King Institute of Preventive Medicine Micro-Biological Section reports 1909-11
Year: 1909
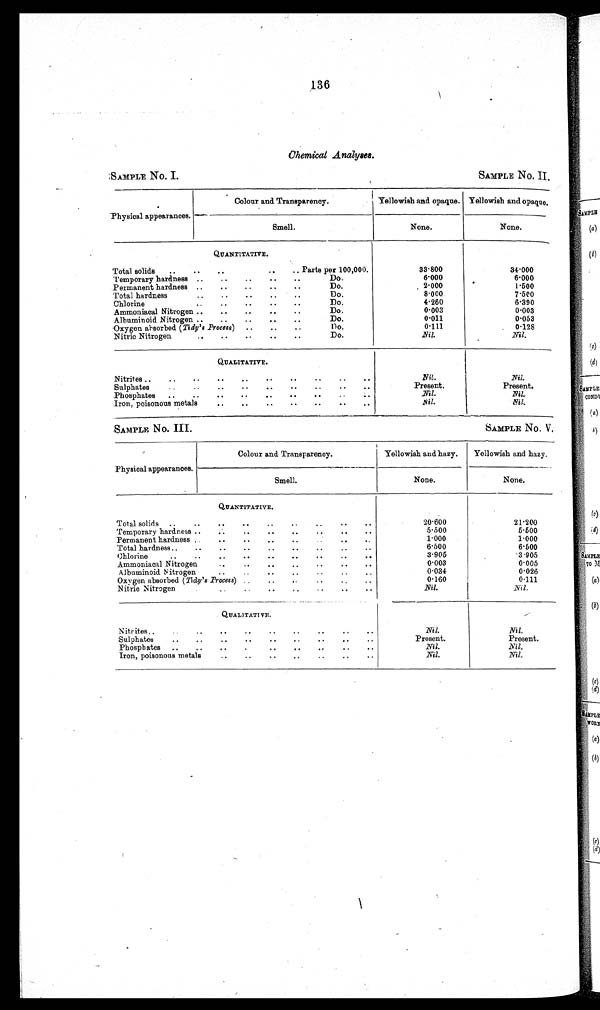
136
Chemical Analyses.
SAMPLE No. I.
SAMPLE NO. II.
Physical appearances.
Colour and Transparency.
Yellowish and opaque. Yellowish and opaque.
Smell.
None.
None.
QUANTITATIVE.
Total solids ..
..
..
..
.. Parts per 100,000.
33.800
34.000
Temporary hardness ..
..
..
..
..
Do.
6.000
6.000
Permanent hardness ..
..
..
..
..
Do.
2.000
1.500
Total hardness
..
..
..
..
..
Do.
8.000
7.500
Chlorine
..
..
..
..
..
Do.
4.260
6.390
Ammoniacal Nitrogen ..
..
..
..
..
Do.
0.003
0.003
Albuminoid Nitrogen ..
..
..
..
..
Do.
0.011
0.053
Oxygen absorbed (Tidy's Process) ..
..
..
Do.
0.111
0.128
Nitric Nitrogen
..
..
..
..
..
Do.
Nil.
Nil.
QUALITATIVE.
Nitrites..
..
..
..
..
..
..
..
..
..
Nil.
Nil.
Sulphates
..
..
..
..
..
..
..
..
..
Present.
Present.
Phosphates ..
..
..
..
..
..
..
..
..
Nil.
Nil.
Iron, poisonous metals
..
..
..
..
..
..
..
Nil.
Nil.
SAMPLE No. III.
SAMPLE NO. V.
Physical appearances.
Colour and Transparency.
Yellowish and hazy. Yellowish and hazy.
_
Smell.
None.
None.
QUANTITATIVE.
Total solids ..
..
..
..
..
..
.
..
. .
20.600
21.200
Temporary hardness..
..
..
..
..
.
..
..
5.500
5.500
Permanent hardness .
..
..
.. .. ..
1.000
1.000
Total hardness..
..
..
..
..
..
..
..
6.500
6.500
..
Chlorine
..
.. . .
. .
. .
. .
3.905
3 905
Ammoniacal Nitrogen
. .
. .
. .
. .
. .
. .
. .
0.003
0.005
Albuminoid. Nitrogen
..
..
..
0.034
0.026
Oxygen absorbed (Tidy's Process).. ..
..
.. 0.160
0 . 1 1 1
Nitric Nitrogen
. .
. .
. .
. .
. .
Nil.
Nil.
Q U A L I T A T I V E .
Nitrites..
..
..
..
..
..
..
..
..
Nil.
Nil.
Sulphates
..
..
..
..
..
.. . .
. .
. .
Present.
Present.
Phosphates ..
..
..
. .
. .
. .
. .
. .
. .
Nil.
Nil.
Iron, poisonous metals
..
..
..
.. . .
. .
Nil.
Nil.